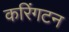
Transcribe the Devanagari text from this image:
करिंगटन